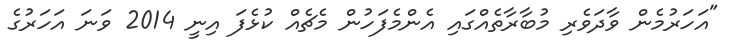
"އަހަރުމެން ވާދަވެރި މުބާރާތެއްގައި އެންމެފަހުން މެޗެއް ކުޅެފަ އިނީ 2014 ވަނަ އަހަރުގެ